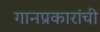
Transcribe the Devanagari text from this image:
गानप्रकारांची